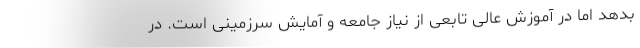
بدهد اما در آموزش عالی تابعی از نیاز جامعه و آمایش سرزمینی است. در